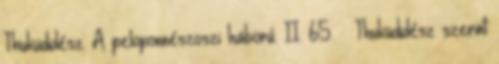
Thuküdidész: A peloponnészoszi háború. II. 65. ↑ Thuküdidész szerint